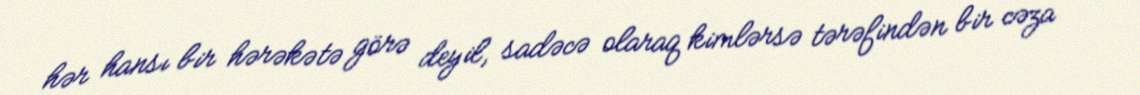
hər hansı bir hərəkətə görə deyil, sadəcə olaraq kimlərsə tərəfindən bir cəza